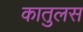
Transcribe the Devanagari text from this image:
कातुलस